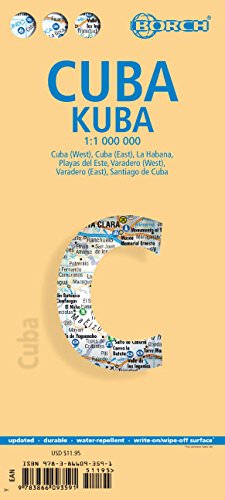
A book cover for Laminated Cuba Map by Borch (English Edition); Borch; Travel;